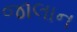
જાલાન